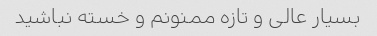
بسیار عالی و تازه ممنونم و خسته نباشید